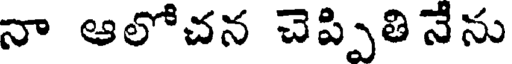
నా ఆలోచన చెప్పితినేను